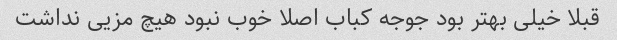
قبلا خیلی بهتر بود جوجه کباب اصلا خوب نبود هیچ مزیی نداشت